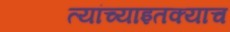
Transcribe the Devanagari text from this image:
त्यांच्याइतक्याच